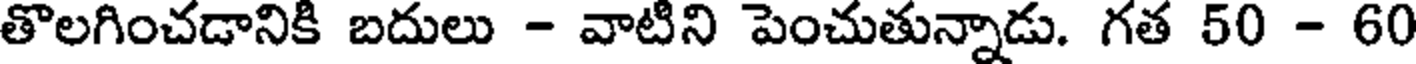
తొలగించడానికి బదులు - వాటిని పెంచుతున్నాడు. గత 50 - 60